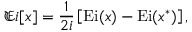
\mathfrak { E i } [ x ] = \frac { 1 } { 2 i } \left[ \mathrm { E i } ( x ) - \mathrm { E i } ( x ^ { * } ) \right] ,